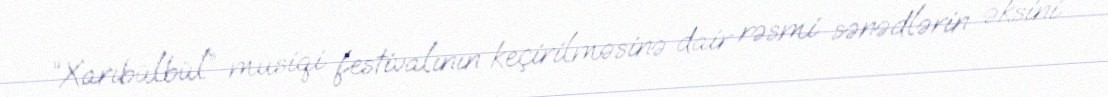
“Xarıbülbül” musiqi festivalının keçirilməsinə dair rəsmi sənədlərin əksini